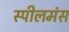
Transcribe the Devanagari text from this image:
स्पीलमंस